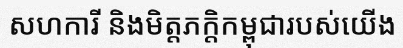
សហការី និងមិត្តភក្តិកម្ពុជារបស់យើង